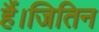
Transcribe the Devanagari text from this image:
हैं।जितिन